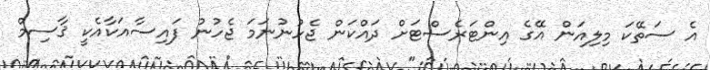
އެ ސަތޭކަ މިލިއަން އޭގެ އިންޓަރެސްޓަށް ދައްކަން ޖެހުނުނަމަ ޖެހުނު ފައިސާއަކާއެކީ ޤާސިމް